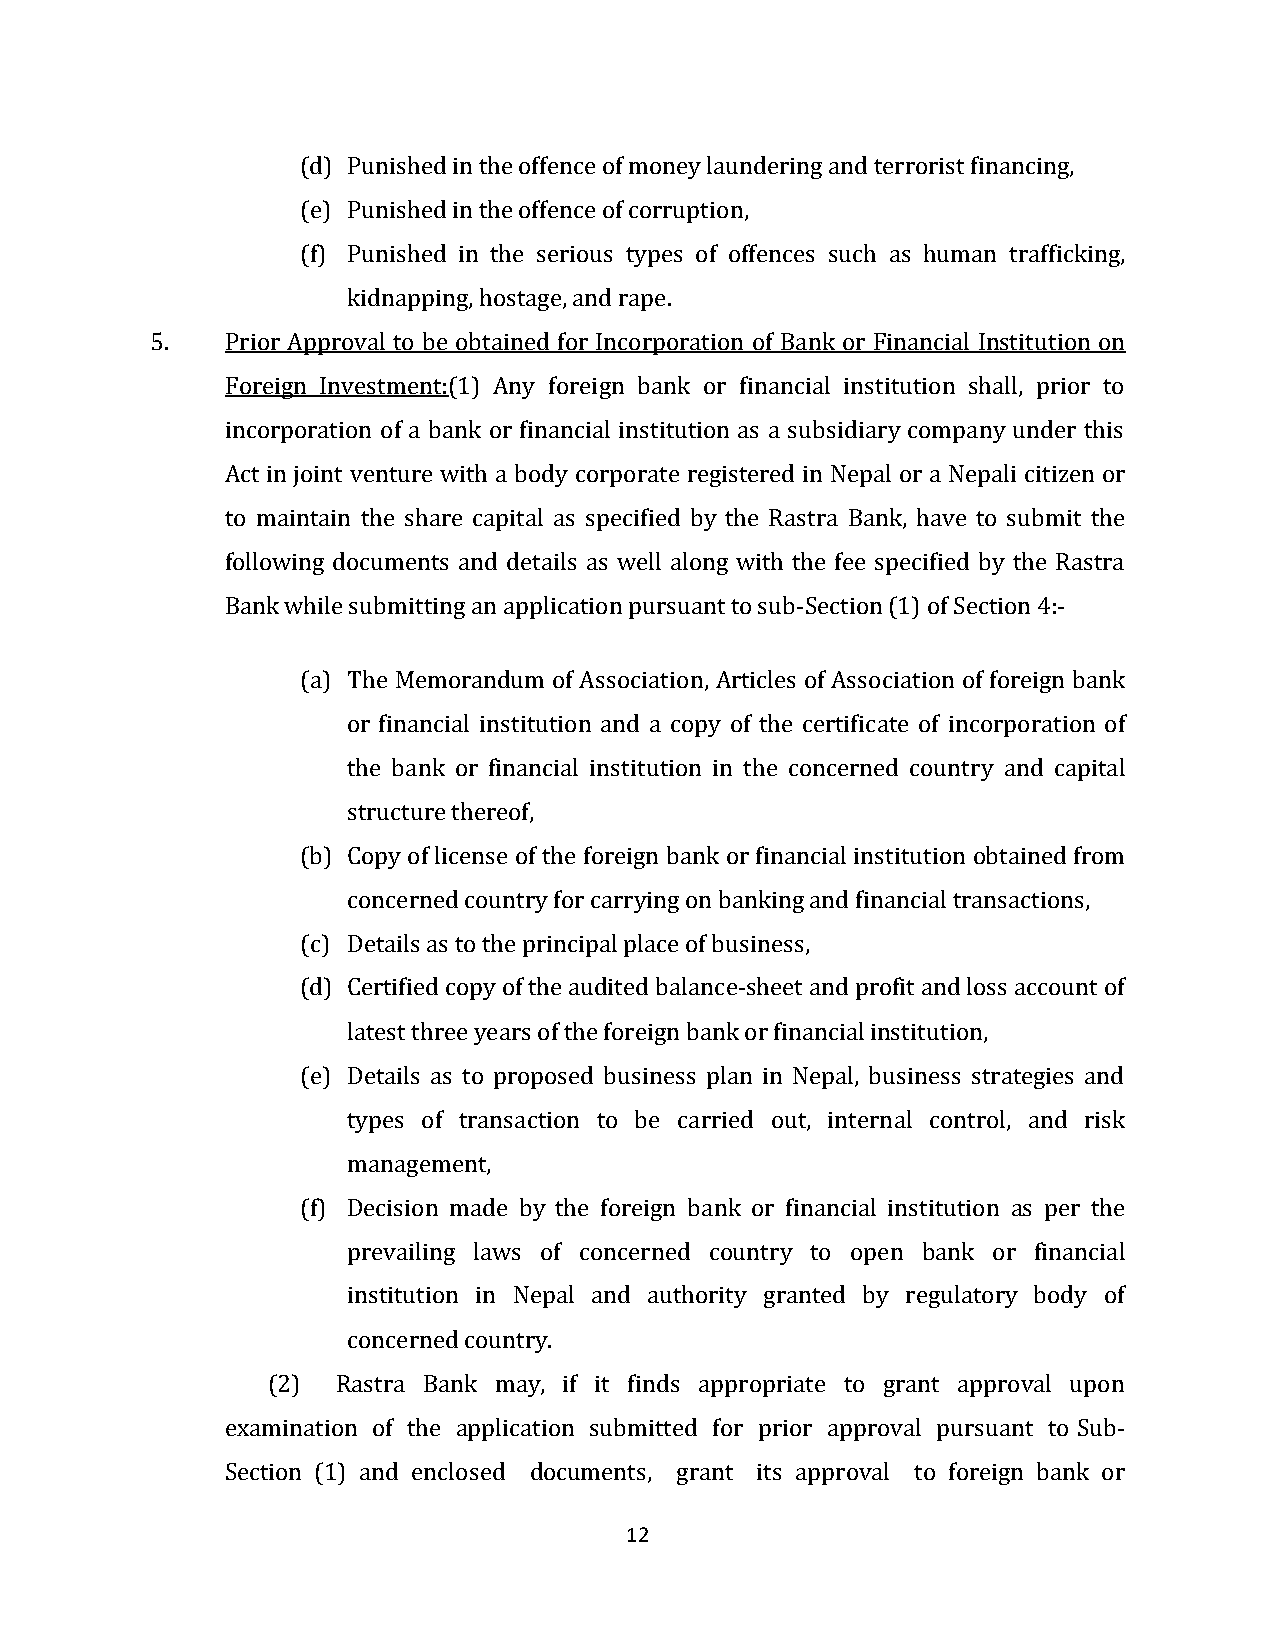
(d) Punished in the offence of money laundering and terrorist financing,
 (e) Punished in the offence of corruption,
 (f) Punished in the serious types of offences such as human trafficking,
 kidnapping, hostage, and rape.
 5.   Prior Approval to be obtained for Incorporation of Bank or Financial Institution on
 Foreign Investment:(1) Any foreign bank or financial institution shall, prior to
 incorporation of a bank or financial institution as a subsidiary company under this
 Act in joint venture with a body corporate registered in Nepal or a Nepali citizen or
 to maintain the share capital as specified by the Rastra Bank, have to submit the
 following documents and details as well along with the fee specified by the Rastra
 Bank while submitting an application pursuant to sub-Section (1) of Section 4:-
 (a) The Memorandum of Association, Articles of Association of foreign bank
 or financial institution and a copy of the certificate of incorporation of
 the bank or financial institution in the concerned country and capital
 structure thereof,
 (b) Copy of license of the foreign bank or financial institution obtained from
 concerned country for carrying on banking and financial transactions,
 (c) Details as to the principal place of business,
 (d) Certified copy of the audited balance-sheet and profit and loss account of
 latest three years of the foreign bank or financial institution,
 (e) Details as to proposed business plan in Nepal, business strategies and
 types of transaction to be carried out, internal control, and risk
 management,
 (f) Decision made by the foreign bank or financial institution as per the
 prevailing laws of concerned country to open bank or financial
 institution in Nepal and authority granted by regulatory body of
 concerned country.
 (2) Rastra Bank may, if it finds appropriate to grant approval upon
 examination of the application submitted for prior approval pursuant to Sub-
 Section (1) and enclosed documents, grant its approval to foreign bank or
 12